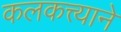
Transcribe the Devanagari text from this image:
कलकत्त्याने